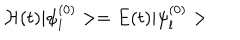
{ \cal H } ( t ) | \psi _ { l } ^ { ( 0 ) } > = E ( t ) | \psi _ { l } ^ { ( 0 ) } >